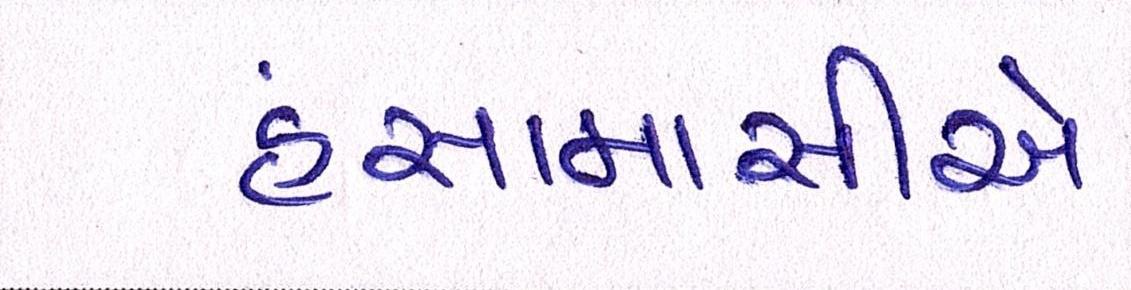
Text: હંસામાસીએ